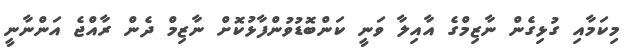
މިކަމާއި ގުޅިގެން ނާޒިމްގެ އާއިލާ ވަނީ ކަންބޮޑުވުންފާޅުކޮށް ނާޒިމް ދެން ރާއްޖެ އަންނާނީ